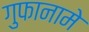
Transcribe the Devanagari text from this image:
गुफानामे